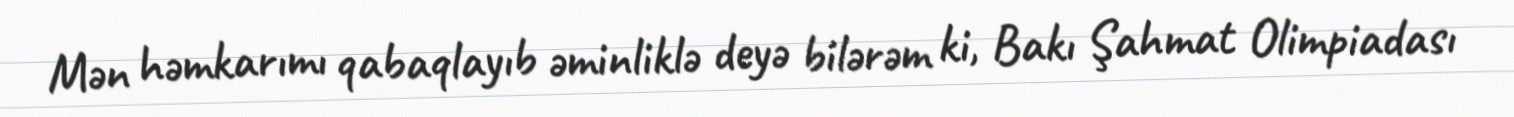
Mən həmkarımı qabaqlayıb əminliklə deyə bilərəm ki, Bakı Şahmat Olimpiadası